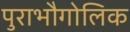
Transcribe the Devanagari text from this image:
पुराभौगोलिक